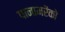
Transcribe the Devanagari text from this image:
पानामरेंको